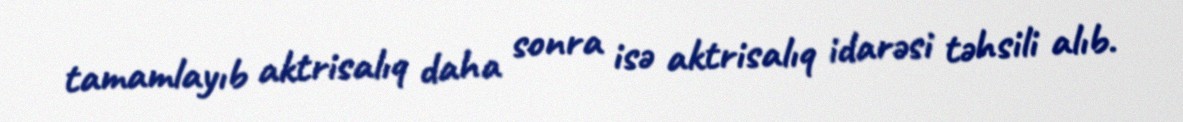
tamamlayıb aktrisalıq daha sonra isə aktrisalıq idarəsi təhsili alıb.